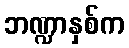
ဘဏ္ဍာနှစ်က